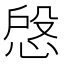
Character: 𢜄